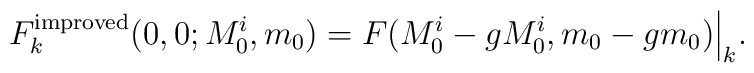
F^{\rm improved}_{k}(0,0;M^i_0,m_0)= F(M^i_0 - gM^i_0,m_0 - gm_0)\Big|_k.